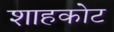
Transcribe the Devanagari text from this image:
शाहकोट